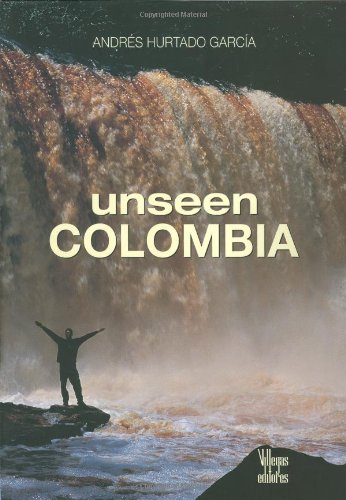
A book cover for unseen Colombia; Andres Hurtado Garcia; Travel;